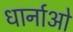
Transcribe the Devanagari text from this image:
धार्नाओ